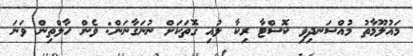
މައުލޫމާތު މުއްސަނދިވި ކޮސްޓާ ރިކާ ލުއި ގޮތަކަށް ނުނަގާނަން: ވެން ހާލްތިން ވަނަ